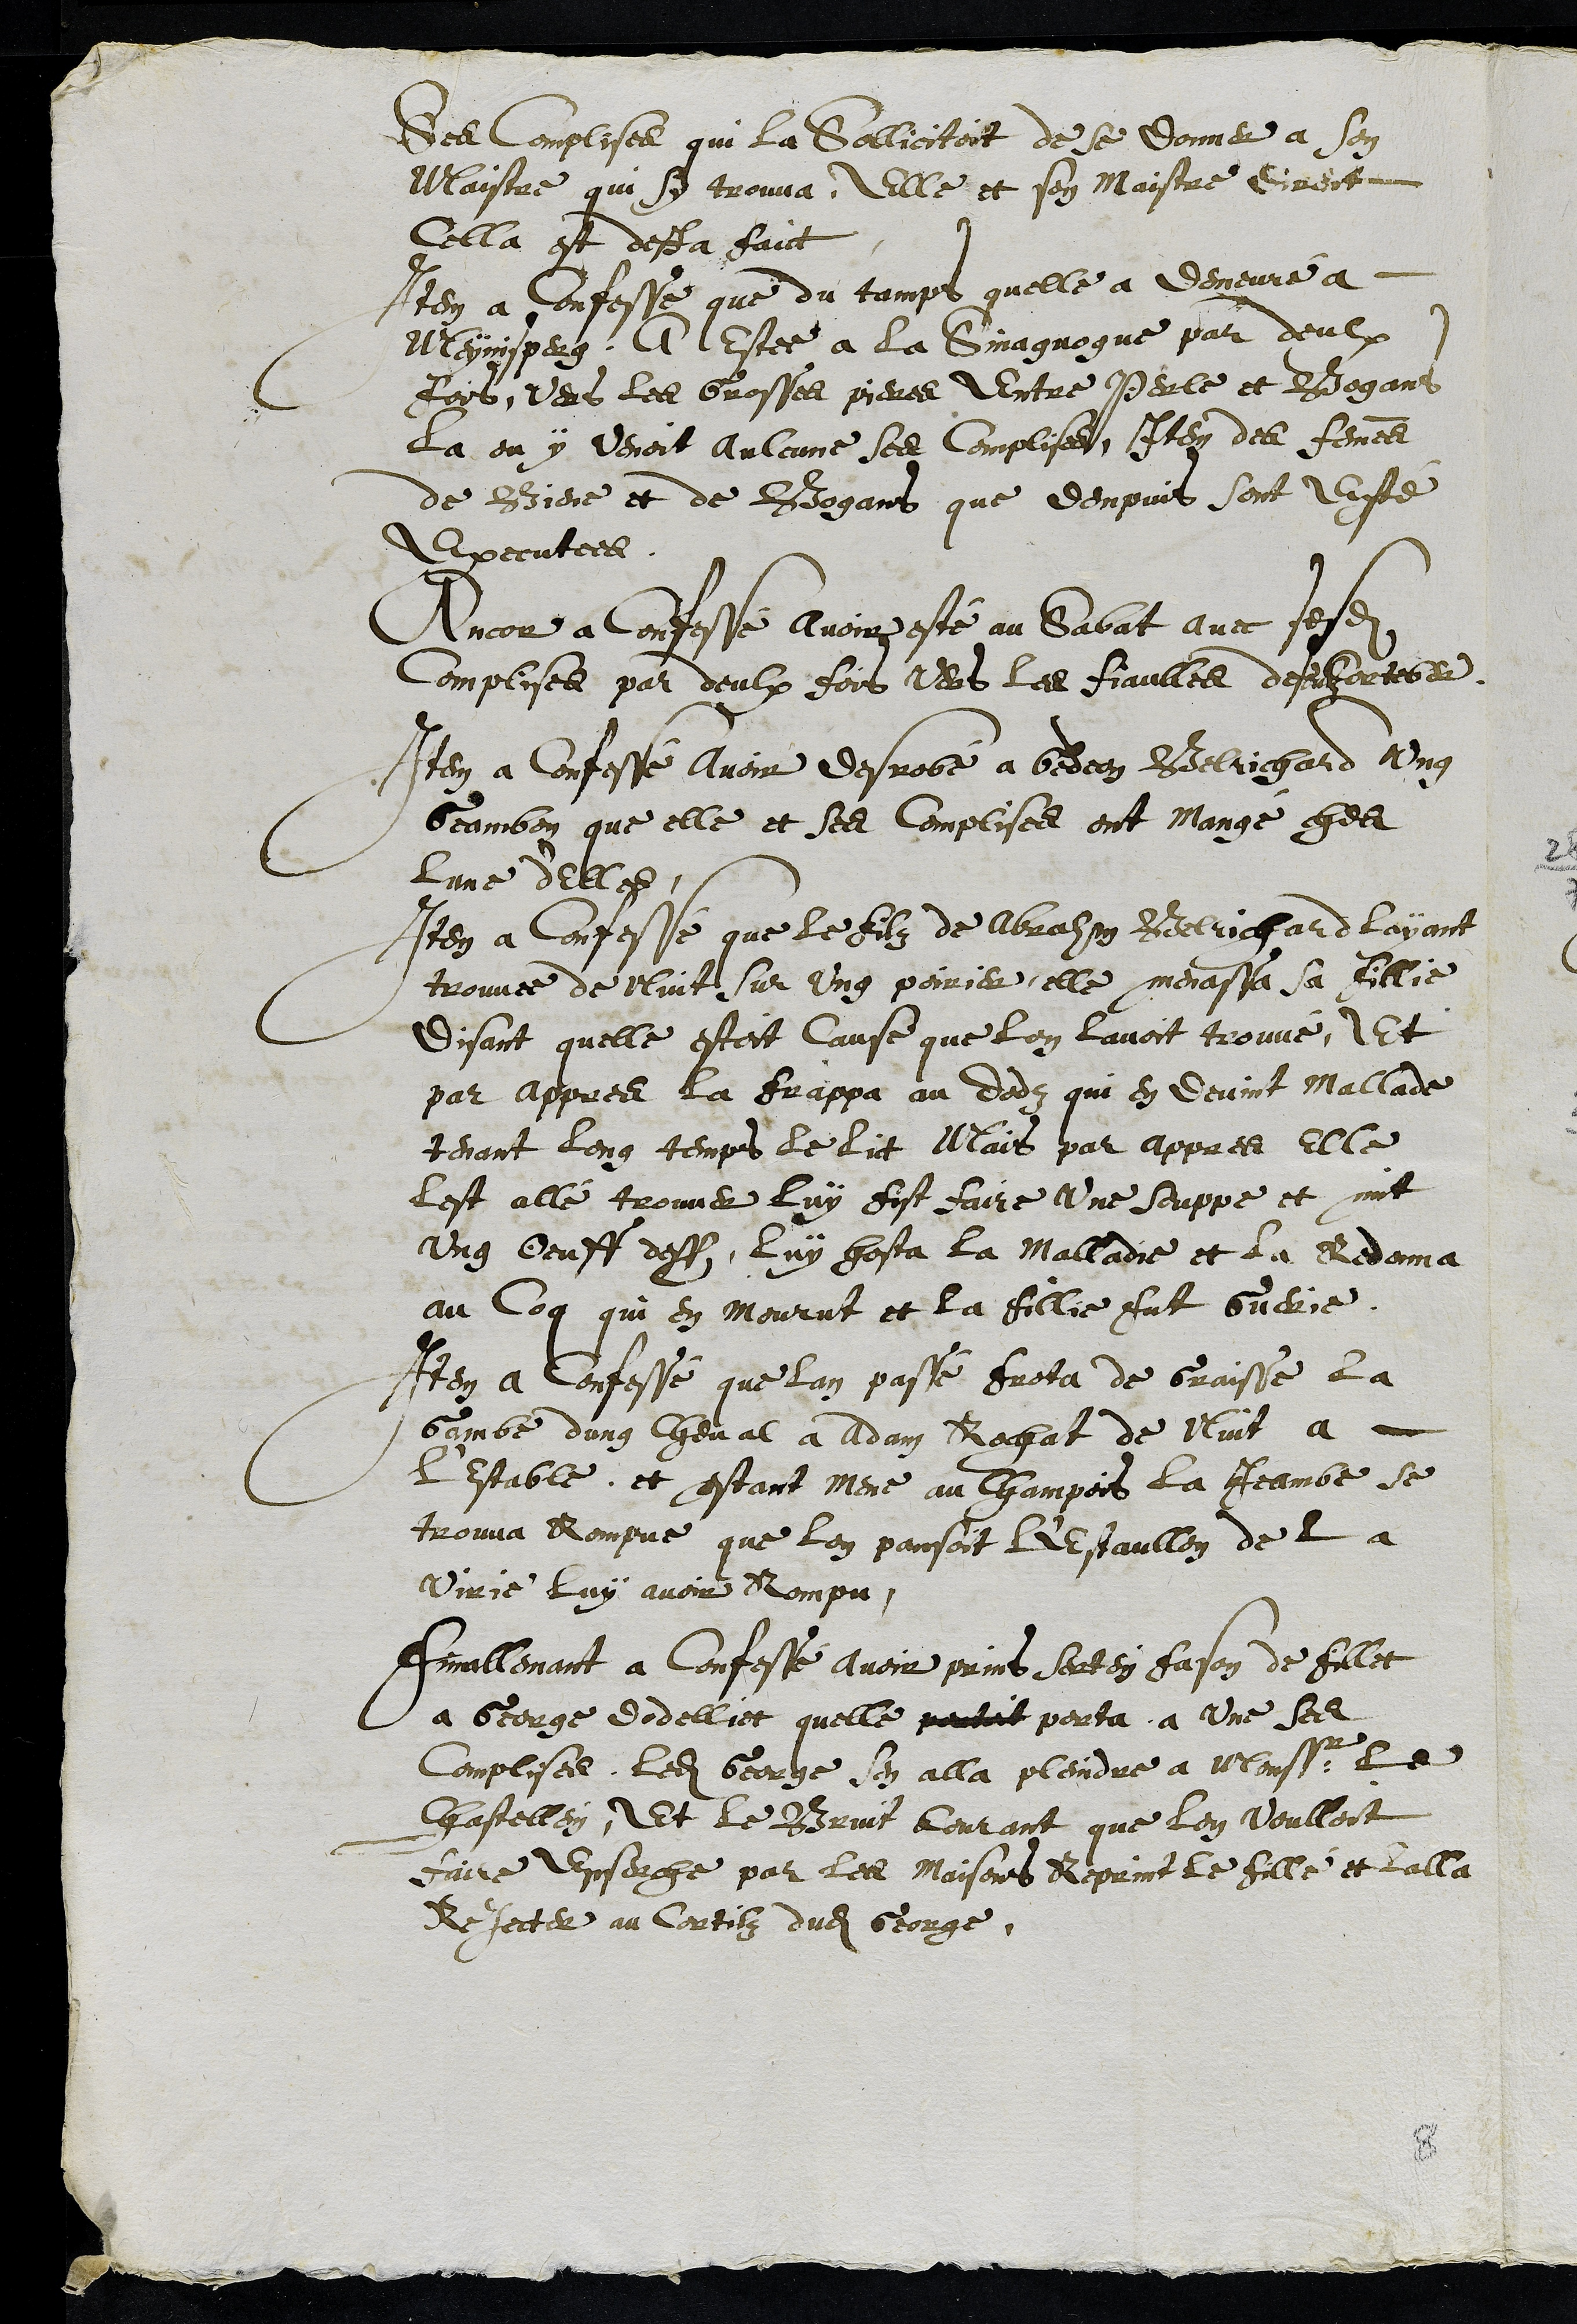
Ses Complises qui la Sollicitoit de se donner a son
Maistre qui sy trouva, Elle et son maistre dirent
Cella est desja faict
Item a confesse que du temps quelle a demeuré a
Meynisperg, A Estee a la Sinaguogue par deulx
foys, vers les Grosses pieres Entre Perle et Bogans
la ou y venoit aulcune ses complises, Item des femmes
de Biene et de Bogans que dempuis sont esté
Executees
Ancor a Confessé avoir esté au Sabat avec sesdites
Complises par deulx fois vers les fiaulles de Corteber
Item a confessé avoir desrobé a Gedeon Belrichard ung
Geambon que elle et ses complises ont mangé ches
lune d'elles.
Item a confessé que le filz de Abraham Belrichard layant
trouvee de nuict sur ung poirier, elle menassa sa fillie,
disant quelle estoit Cause que lon lavoit trouvé, Et
par appres la frappa au dodz qui en devint mallade
tenant long temps le lict Mais par appres elle
lest allé trouver luy fist faire une souppe et mit
ung Oeuff dessus, luy hosta la malladie et la redonna
au Coq qui en mourut et la fillie fut guerie.
Item a confessé que lan passé frota de Graisse la
Gambe dung cheval a Adam Rochat de Nuit a
l'estable, et estant mene au champois la Jeambe se
trouva Rompue que lon pansoit l'estaullon de la
Virie luy avoir Rompu
Finallemant a Confessé avoir prins sertein fason de fillet
a George dodellier quelle petit porta a une ses
Complises, ledit George sen alla pleindre a Monssr le
Chastellein, Et le Bruit courant que lon voulloit
faire Enserche par les maisons Reprint le fille et lalla
Rejecter au Cortilz dudit George,
8